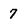
Character: 7